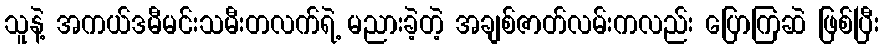
သူနဲ့ အကယ်ဒမီမင်းသမီးတလက်ရဲ့ မညားခဲ့တဲ့ အချစ်ဇာတ်လမ်းကလည်း ပြောကြဆဲ ဖြစ်ပြီး